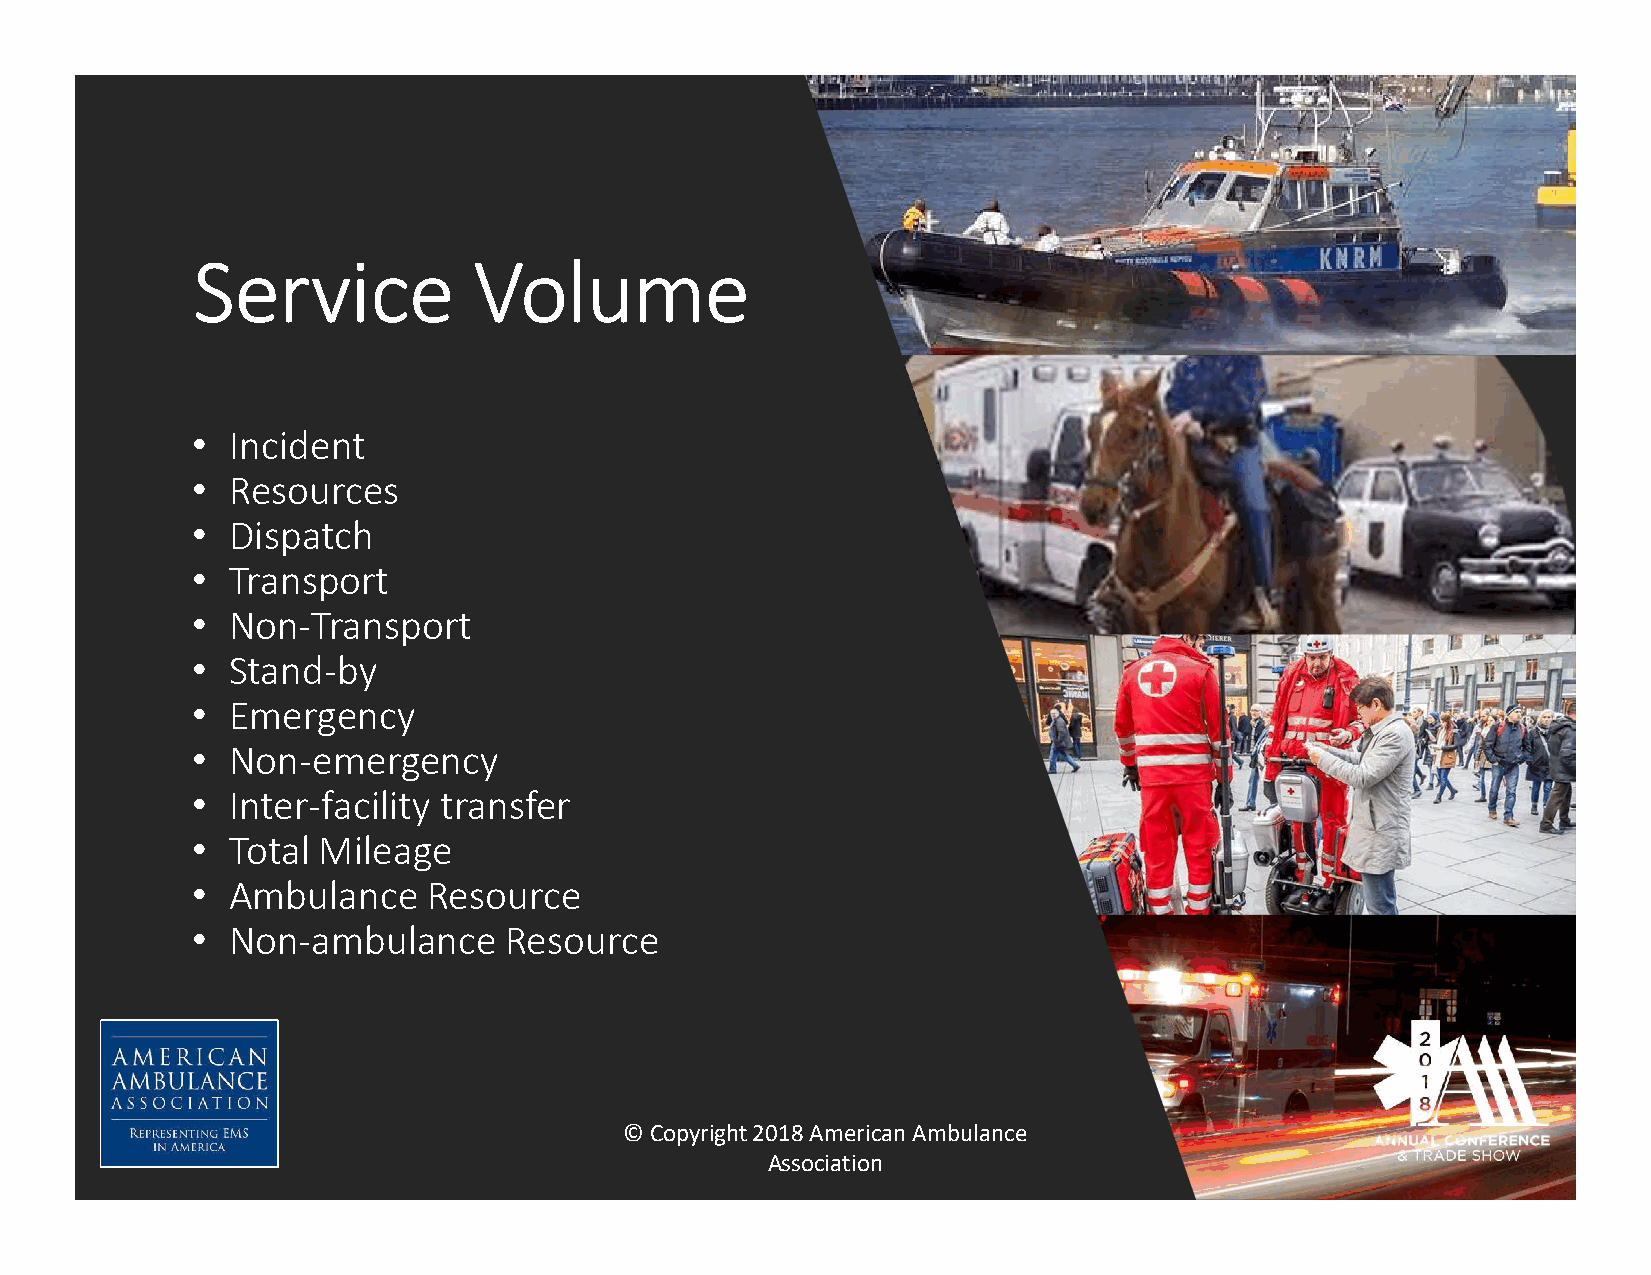
Service           Volume
 • Incident
 • Resources
 • Dispatch
 • Transport
 • Non-Transport
 • Stand-by
 • Emergency
 • Non-emergency
 • Inter-facility transfer
 • Total Mileage
 • Ambulance    Resource
 • Non-ambulance     Resource
 © Copyright 2018 American Ambulance
 Association